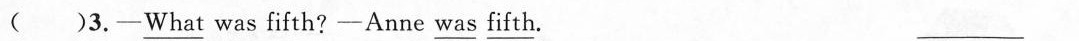
( )3.-\underline{What} was fifth?-Anne \underline{was} \underline{fifth}. ___